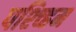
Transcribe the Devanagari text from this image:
पश्च्हिम